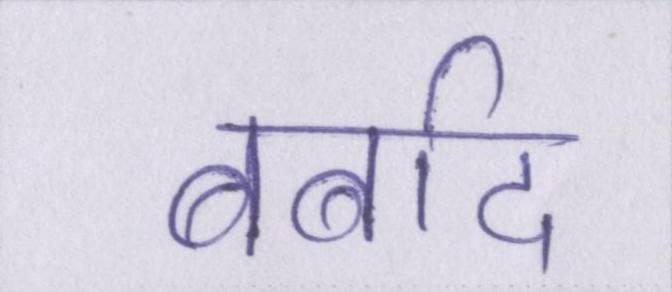
बर्बाद